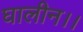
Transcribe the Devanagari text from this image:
घालीन।।